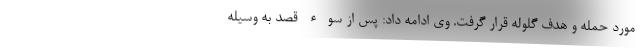
مورد حمله و هدف گلوله قرار گرفت. وی ادامه داد: پس از سوء قصد به وسیله